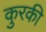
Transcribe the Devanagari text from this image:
कुरकी